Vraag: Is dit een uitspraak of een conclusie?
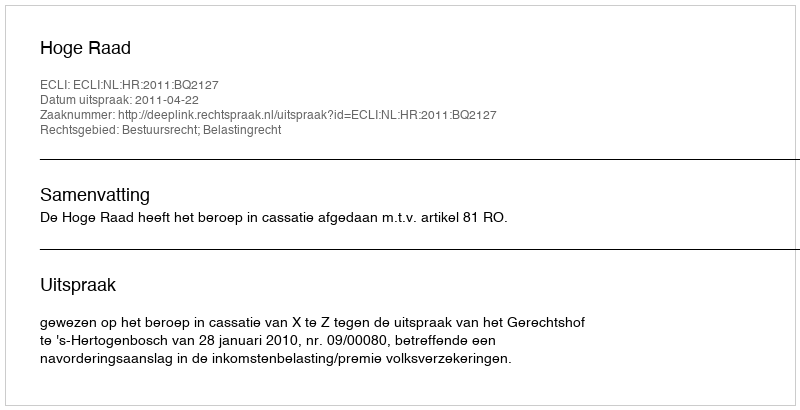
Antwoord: Uitspraak